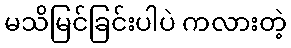
မသိမြင်ခြင်းပါပဲ ကလားတဲ့